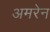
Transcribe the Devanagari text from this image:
अमरेन